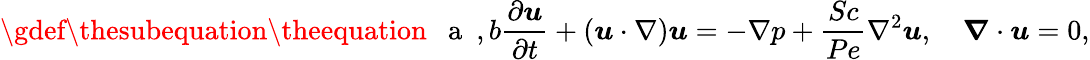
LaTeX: \gdef\thesubequation{\theequation\mathrm{~\textit~{~a~}~},\textit{b}}\frac{\partial\boldsymbol{u}}{\partial t}+(\boldsymbol{u}\cdot\nabla)\boldsymbol{u}=-\nabla p+\frac{Sc}{Pe}\nabla^{2}\boldsymbol{u},\quad\boldsymbol{\nabla}\cdot\boldsymbol{u}=0,